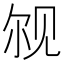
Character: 𫌨